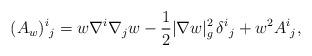
LaTeX: \begin{align*}(A_w)^i{}_j = w\nabla^i \nabla_j w - \frac{1}{2} |\nabla w|_{g}^2\,\delta^i{}_j + w^2 A^i{}_j,\end{align*}